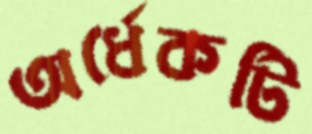
অর্ধেকটি